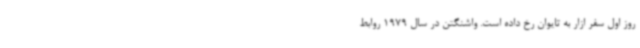
روز اول سفر ازار به تایوان رخ داده است. واشنگتن در سال 1979 روابط